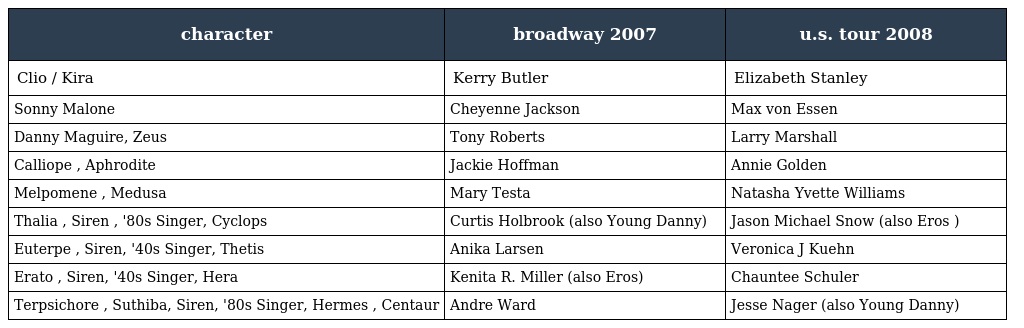
| character | broadway 2007 | u.s. tour 2008 |
 | --- | --- | --- |
 | Clio / Kira | Kerry Butler | Elizabeth Stanley |
 | Sonny Malone | Cheyenne Jackson | Max von Essen |
 | Danny Maguire, Zeus | Tony Roberts | Larry Marshall |
 | Calliope , Aphrodite | Jackie Hoffman | Annie Golden |
 | Melpomene , Medusa | Mary Testa | Natasha Yvette Williams |
 | Thalia , Siren , '80s Singer, Cyclops | Curtis Holbrook (also Young Danny) | Jason Michael Snow (also Eros ) |
 | Euterpe , Siren, '40s Singer, Thetis | Anika Larsen | Veronica J Kuehn |
 | Erato , Siren, '40s Singer, Hera | Kenita R. Miller (also Eros) | Chauntee Schuler |
 | Terpsichore , Suthiba, Siren, '80s Singer, Hermes , Centaur | Andre Ward | Jesse Nager (also Young Danny) |